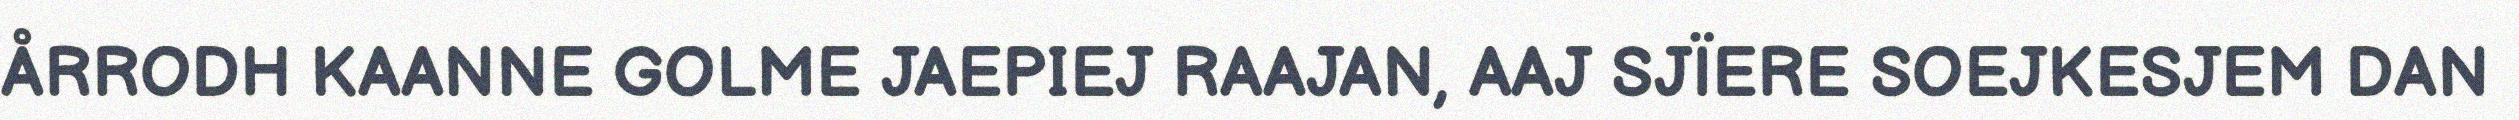
ÅRRODH KAANNE GOLME JAEPIEJ RAAJAN, AAJ SJÏERE SOEJKESJEM DAN